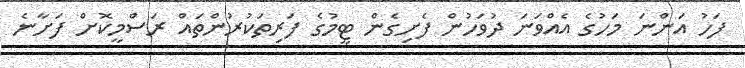
ފަހު އަންނަ މަހުގެ އެއްވަނަ ދުވަހުން ފެށިގެން ޓީމުގެ ފަރިތަކުރުންތައް ރަސްމީކޮށް ފަށާނެ